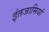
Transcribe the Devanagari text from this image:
इंतजामियां